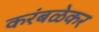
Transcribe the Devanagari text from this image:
करंबळेकर